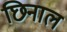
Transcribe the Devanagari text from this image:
छिनाल